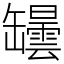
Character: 罎